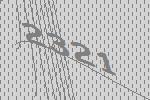
2321